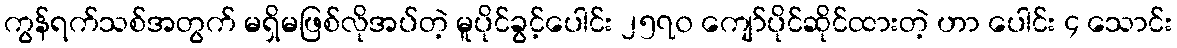
ကွန်ရက်သစ်အတွက် မရှိမဖြစ်လိုအပ်တဲ့ မူပိုင်ခွင့်ပေါင်း ၂၅၇၀ ကျော်ပိုင်ဆိုင်ထားတဲ့ ဟာ ပေါင်း ၄ သောင်း